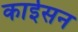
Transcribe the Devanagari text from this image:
काईसन